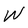
Character: W